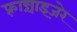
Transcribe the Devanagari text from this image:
फ़्रान्चाइज़ेर